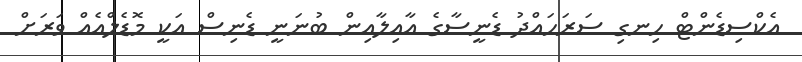
އެކްސިޑެންޓް ހިނގި ސަރަހައްދު ޑެނީސާގެ އާއިލާއިން ބުނަނީ ޑެނިސް އަކީ މޮޑެލްއެއް ވަރަށް